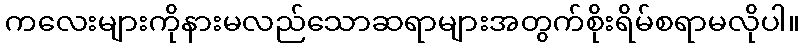
ကလေးများကိုနားမလည်သောဆရာများအတွက်စိုးရိမ်စရာမလိုပါ။